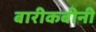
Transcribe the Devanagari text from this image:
बारीकबीनी